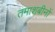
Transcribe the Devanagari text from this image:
तमाशबीनों